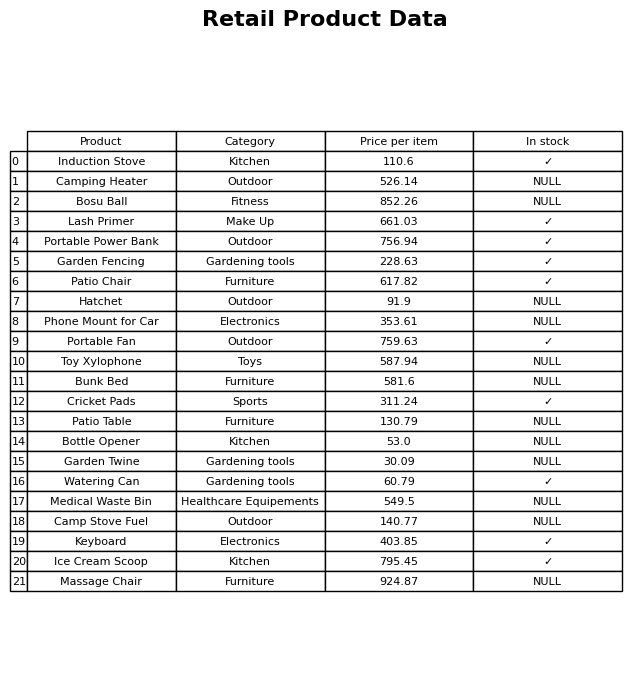
question: Which products are currently out of stock?
answer: Camping Heater, Bosu Ball, Hatchet, Phone Mount for Car, Toy Xylophone, Bunk Bed, Patio Table, Bottle Opener, Garden Twine, Medical Waste Bin, Camp Stove Fuel, Massage Chair